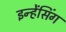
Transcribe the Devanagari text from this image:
इन्हेंसिंग